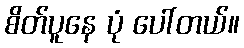
စိတ်ပူနေ ပုံ ပေါ်တယ်။